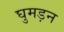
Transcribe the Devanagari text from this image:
घुमड़न